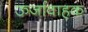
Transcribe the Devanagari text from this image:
ऊर्जावाहक